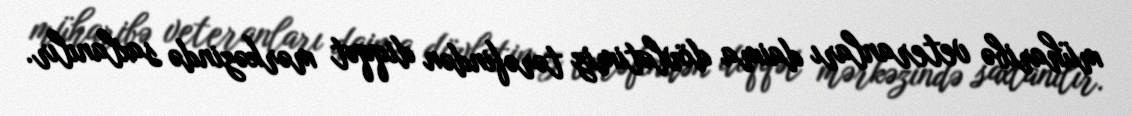
müharibə veteranları daima dövlətimiz tərəfindən diqqət mərkəzində saxlanılır.